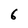
Character: 6